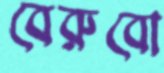
বেরুবো